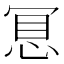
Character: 𢚞